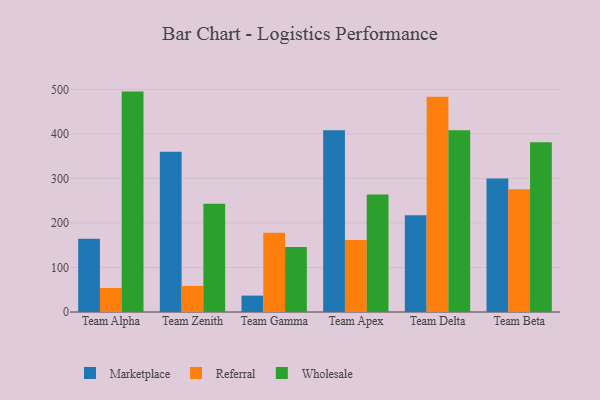
{"axis": {"x": "Team", "y": "Customer Acquisition Cost (USD)"}, "legend": ["Marketplace", "Referral", "Wholesale"], "data": [{"x": "Team Alpha", "y": 164.6, "type": "Marketplace"}, {"x": "Team Alpha", "y": 53.9, "type": "Referral"}, {"x": "Team Alpha", "y": 494.9, "type": "Wholesale"}, {"x": "Team Zenith", "y": 359.9, "type": "Marketplace"}, {"x": "Team Zenith", "y": 58.6, "type": "Referral"}, {"x": "Team Zenith", "y": 243.0, "type": "Wholesale"}, {"x": "Team Gamma", "y": 36.8, "type": "Marketplace"}, {"x": "Team Gamma", "y": 177.7, "type": "Referral"}, {"x": "Team Gamma", "y": 146.2, "type": "Wholesale"}, {"x": "Team Apex", "y": 407.9, "type": "Marketplace"}, {"x": "Team Apex", "y": 161.7, "type": "Referral"}, {"x": "Team Apex", "y": 263.9, "type": "Wholesale"}, {"x": "Team Delta", "y": 217.1, "type": "Marketplace"}, {"x": "Team Delta", "y": 483.6, "type": "Referral"}, {"x": "Team Delta", "y": 408.3, "type": "Wholesale"}, {"x": "Team Beta", "y": 300.0, "type": "Marketplace"}, {"x": "Team Beta", "y": 275.5, "type": "Referral"}, {"x": "Team Beta", "y": 381.4, "type": "Wholesale"}]}